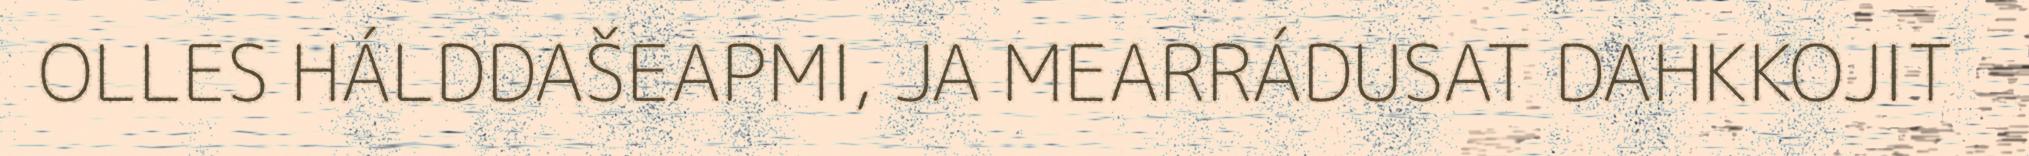
OLLES HÁLDDAŠEAPMI, JA MEARRÁDUSAT DAHKKOJIT